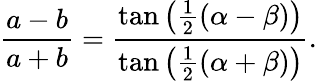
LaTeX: {\frac{a-b}{a+b}}={\frac{\tan\left({\frac{1}{2}}(\alpha-\beta)\right)}{\tan\left({\frac{1}{2}}(\alpha+\beta)\right)}}.